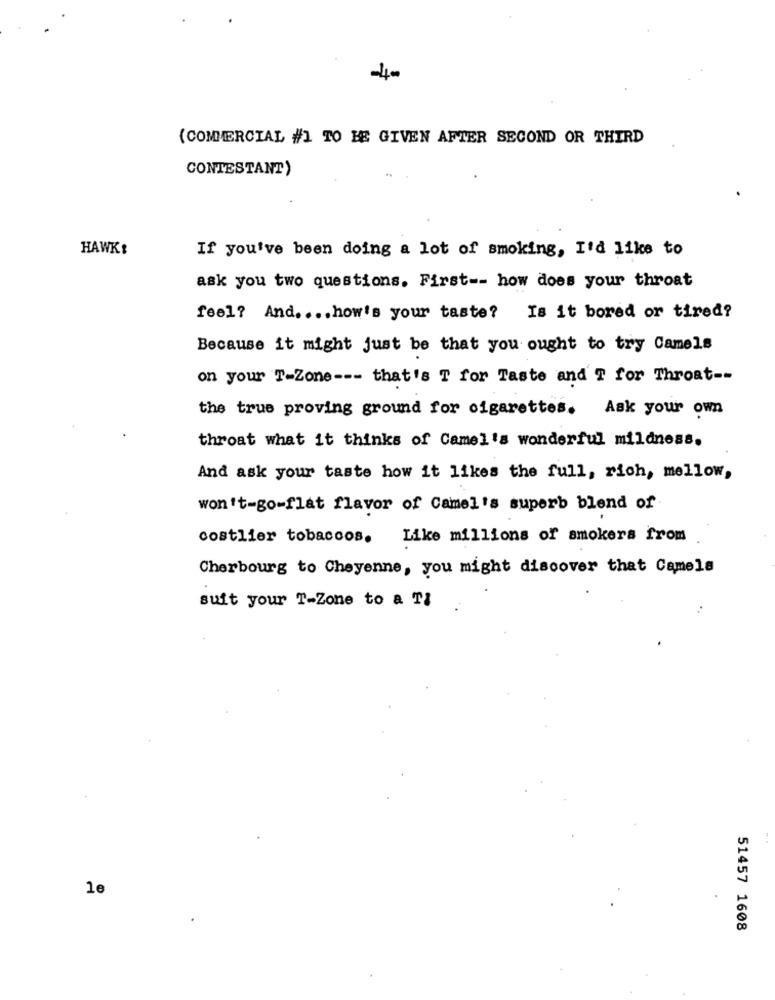
(COMMERCIAL #1 TO BE GIVEN AFTER SECOND OR THIRD
CONTESTANT)
HAWK
If you've been doing a lot of smoking, I'd like to
ask you two questions. First -- how does your throat
feel? And .... how's your taste? Is it bored or tired?
Because it might just be that you ought to try Camels
on your T-Zone --- that's T for Taste and T for Throat --
the true proving ground for cigarettes. Ask your own
throat what it thinks of Camel's wonderful mildness.
And ask your taste how it likes the full, rich, mellow,
won't-go-flat flavor of Camel's superb blend of
costlier tobaccos.
Like millions of smokers from
Cherbourg to Cheyenne, you might discover that Camele
suit your T-Zone to a Ti
..
le
51457 1608